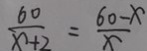
\frac { 6 0 } { x + 2 } = \frac { 6 0 - x } { x }